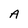
Character: A